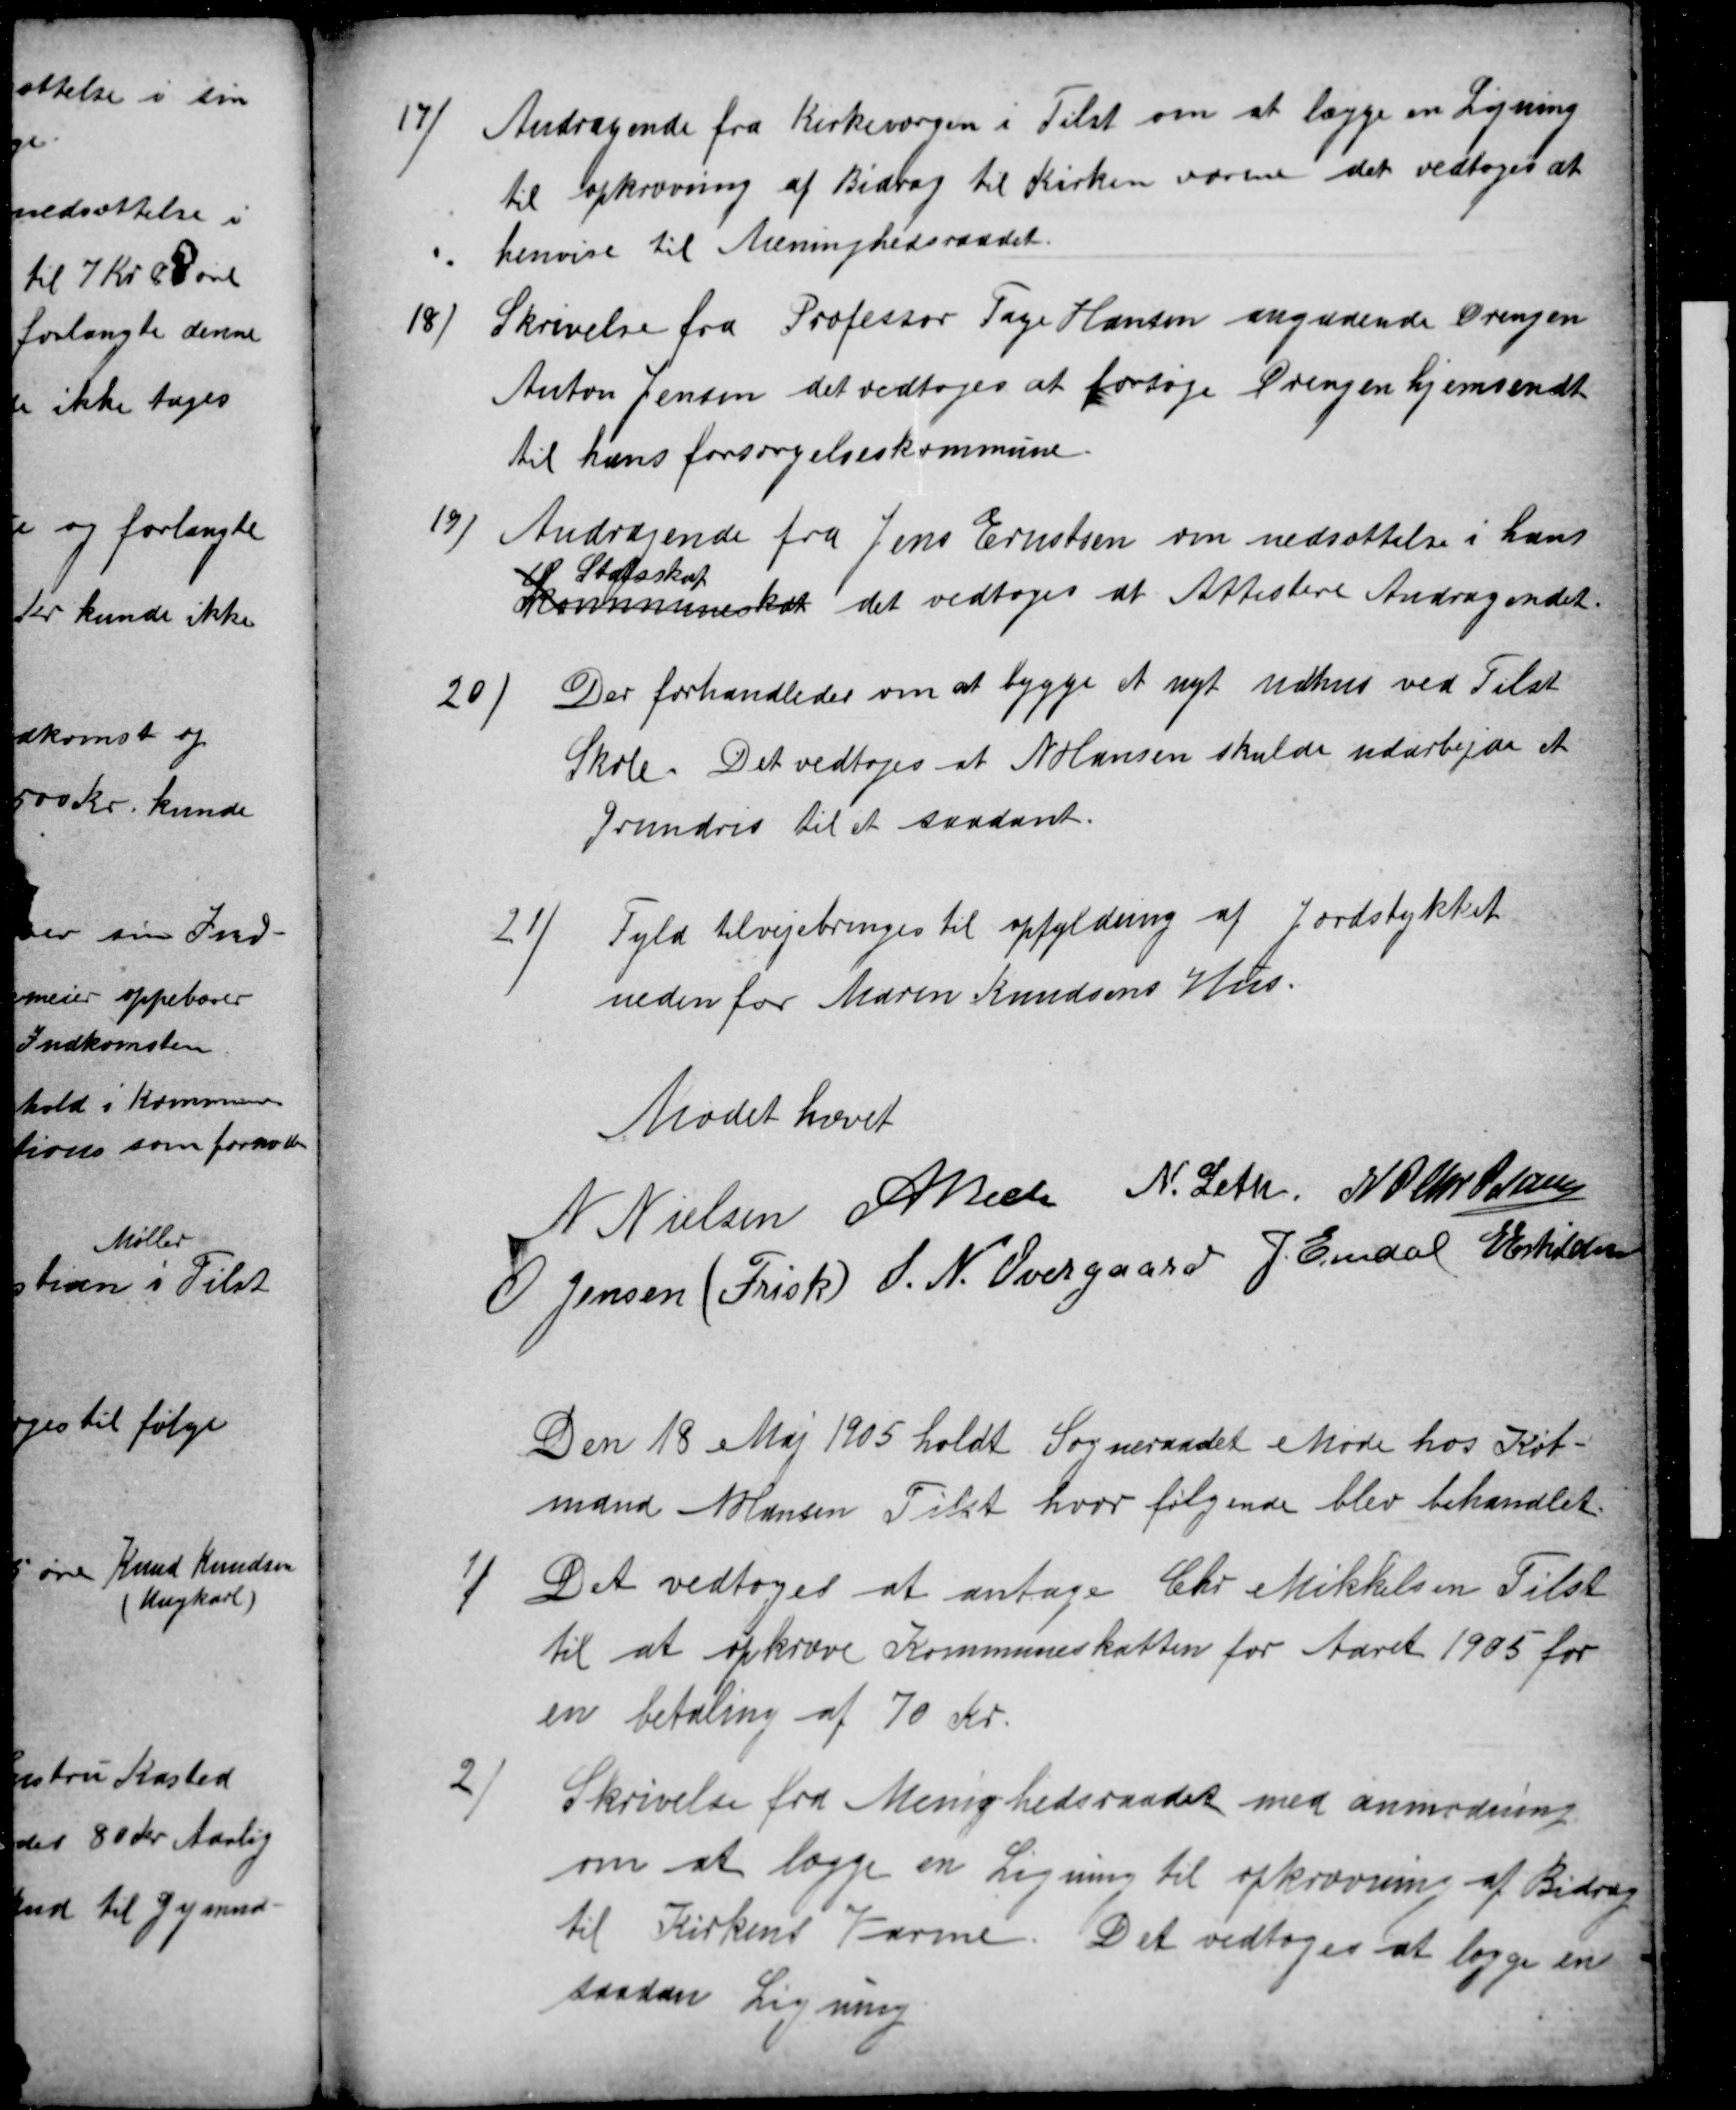
Transskription:
17)
Andragende fra Kirkeværgen i Tilst om at lægge en Ligning
til opkrævning af Bidrag til Kirken varme det vedtoges at
henvise til Menighedsraadet.
18)
Skrivelse fra Professor Tage Hansen angaaende Drengen
Anton Jensen det vedtoges at forsøge Drengen hjemsendt
til hans forsørgelseskommune.
19)
Andragende fra Jens Ernstsen om nedsættelse i hans
Kommuneskat
Statsskat
det vedtoges at Attestere Andragendet.
20)
Der forhandledes om at bygge et nyt udhus ved Tilst
Skole Det vedtoges at N Hansen skulde udarbejde et
Grundris til et saadant.
21)
Fyld tilvejebringes til opfyldning af Jordstykket
neden for Maren Knudsens Hus.
Mødet hævet
N Nielsen A Bech N. Leth. N P Chr. Petersen
O Jensen (Frisk) S. N. Overgaard J. Emdal E Eskildsen
Den 18 Maj 1905 holdt Sogneraadet Møde hos Køb-
mand N Hansen Tilst hvor følgende blev behandlet
1
Det vedtoges at antage Chr Mikkelsen Tilst
til at opkræve Kommuneskatten for Aaret 1905 for
en betaling af 70 Kr.
2)
Skrivelse fra Menighedsraadet med anmodning
om at lægge en Ligning til opkrævning af Bidrag
til Kirkens Varme. Det vedtoges at lægge en
saadan Ligning